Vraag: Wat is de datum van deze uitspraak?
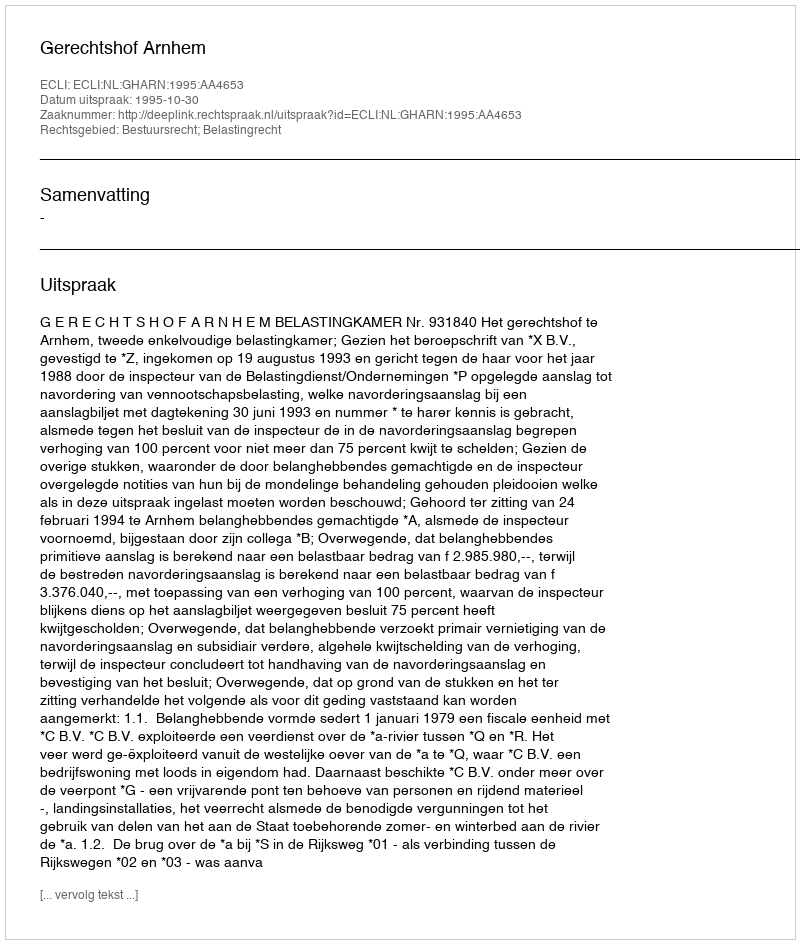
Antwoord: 1995-10-30